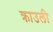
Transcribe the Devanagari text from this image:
क्राउली